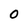
Character: 0